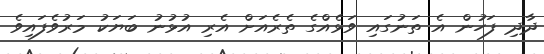
ދާދި ފަހުން އެ ތަނުގައި ވަޅެއްގެ ތެރެއަށް އެރި އުޅުނު ބަޔަކު މަރުވެފައިވެ